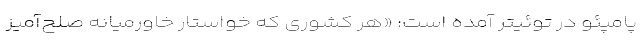
پامپئو در توئیتر آمده است: «هر کشوری که خواستار خاورمیانه صلح‌آمیز